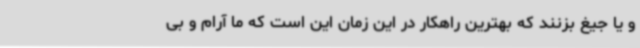
و یا جیغ بزنند که بهترین راهکار در این زمان این است که ما آرام و بی